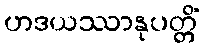
ဟဒယဿာနုပတ္တိံ